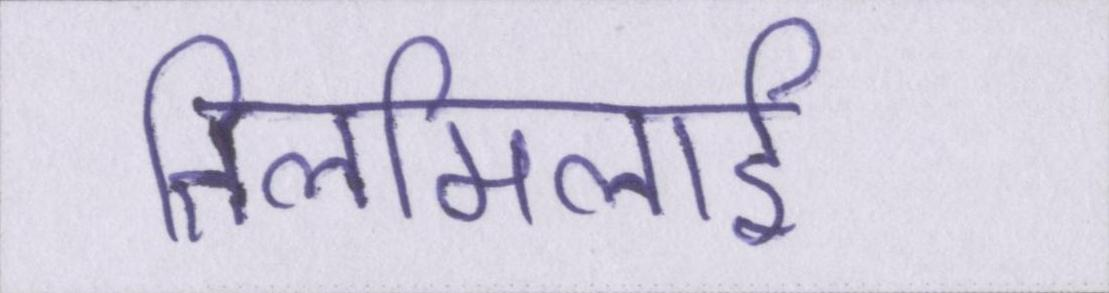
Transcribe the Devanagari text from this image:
तिलमिलाई